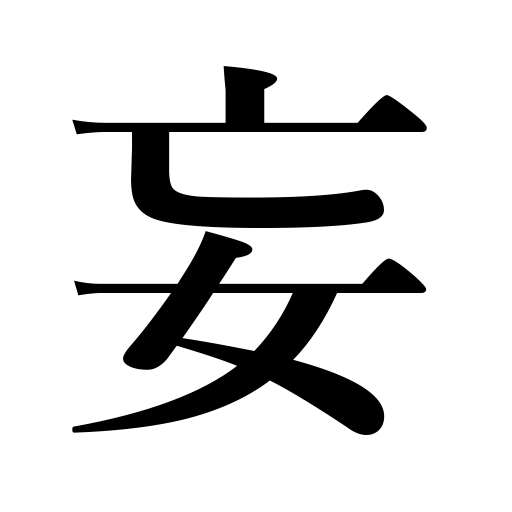
Meanings: without reason,unnecessarily,arbitrarily,without authority,indiscriminately,recklessly